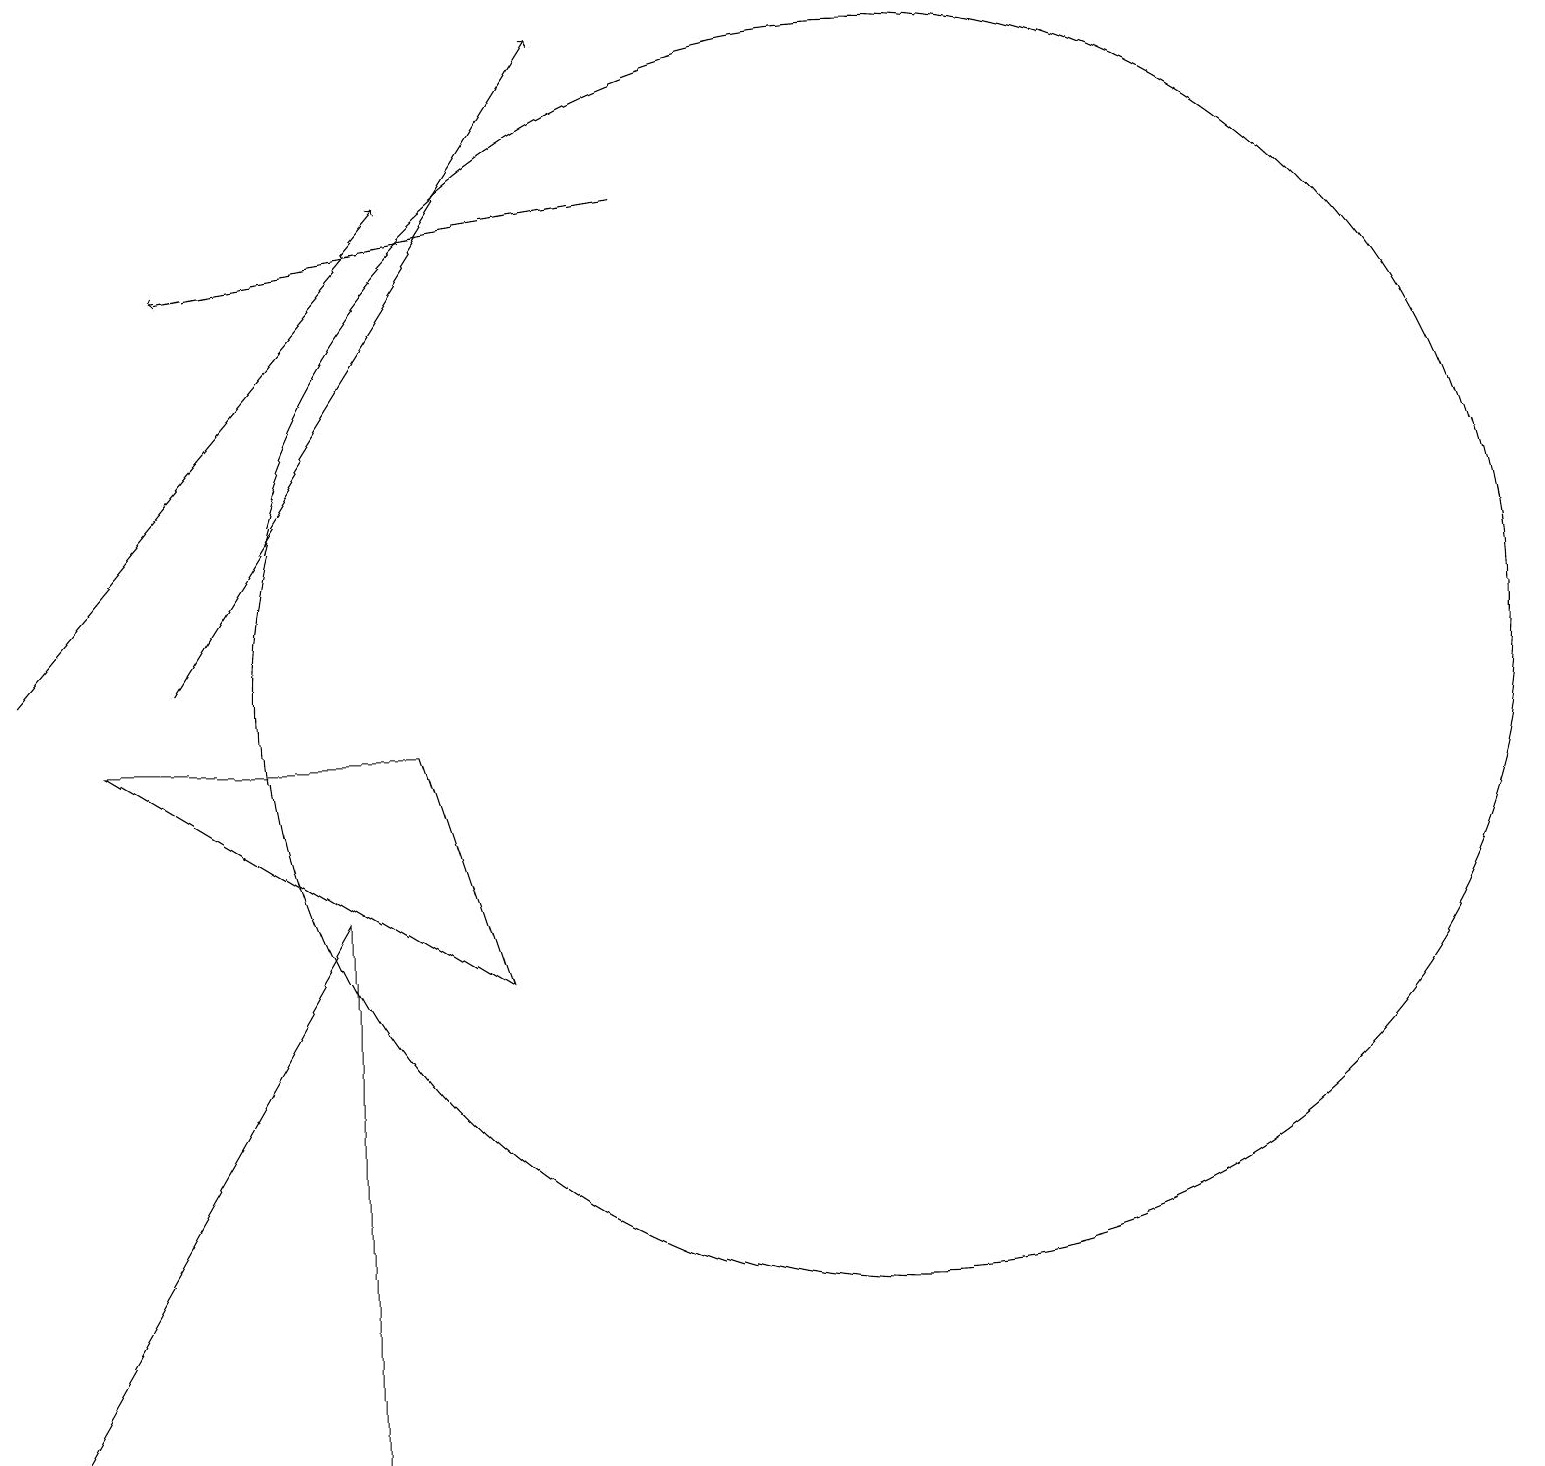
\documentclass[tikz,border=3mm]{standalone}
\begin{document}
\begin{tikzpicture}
\draw[->] (2,10) -- (7,18);
\draw (11,10) circle (8);
\draw[->] (0,10) -- (5,16);
\draw (6,6) -- (1,9) -- (5,9) -- cycle;
\draw[->] (8,16) -- (2,15);
\draw (4,7) -- (4,0) -- (0,0) -- cycle;
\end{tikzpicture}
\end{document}